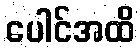
ပေါင်အထိ